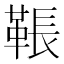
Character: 䩨